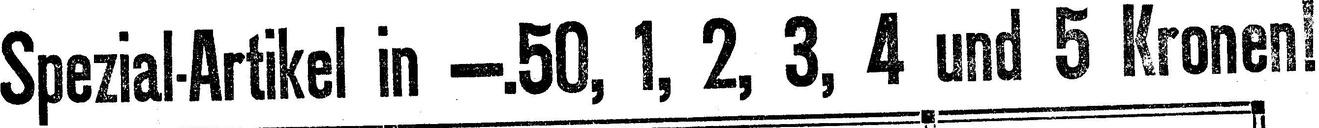
Spezial-Artikel in -.50, 1,  2, 3, 4 und 5 Kronen!